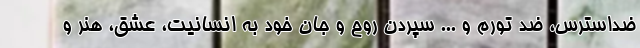
ضداسترس، ضد تورم و ... سپردن روح و جان خود به انسانیت، عشق، هنر و